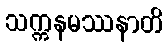
သက္ကနမဿနာတိ